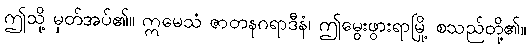
ဤသို့ မှတ်အပ်၏။ ဣမေသံ ဇာတနဂရာဒီနံ၊ ဤမွေးဖွားရာမြို့ စသည်တို့၏။